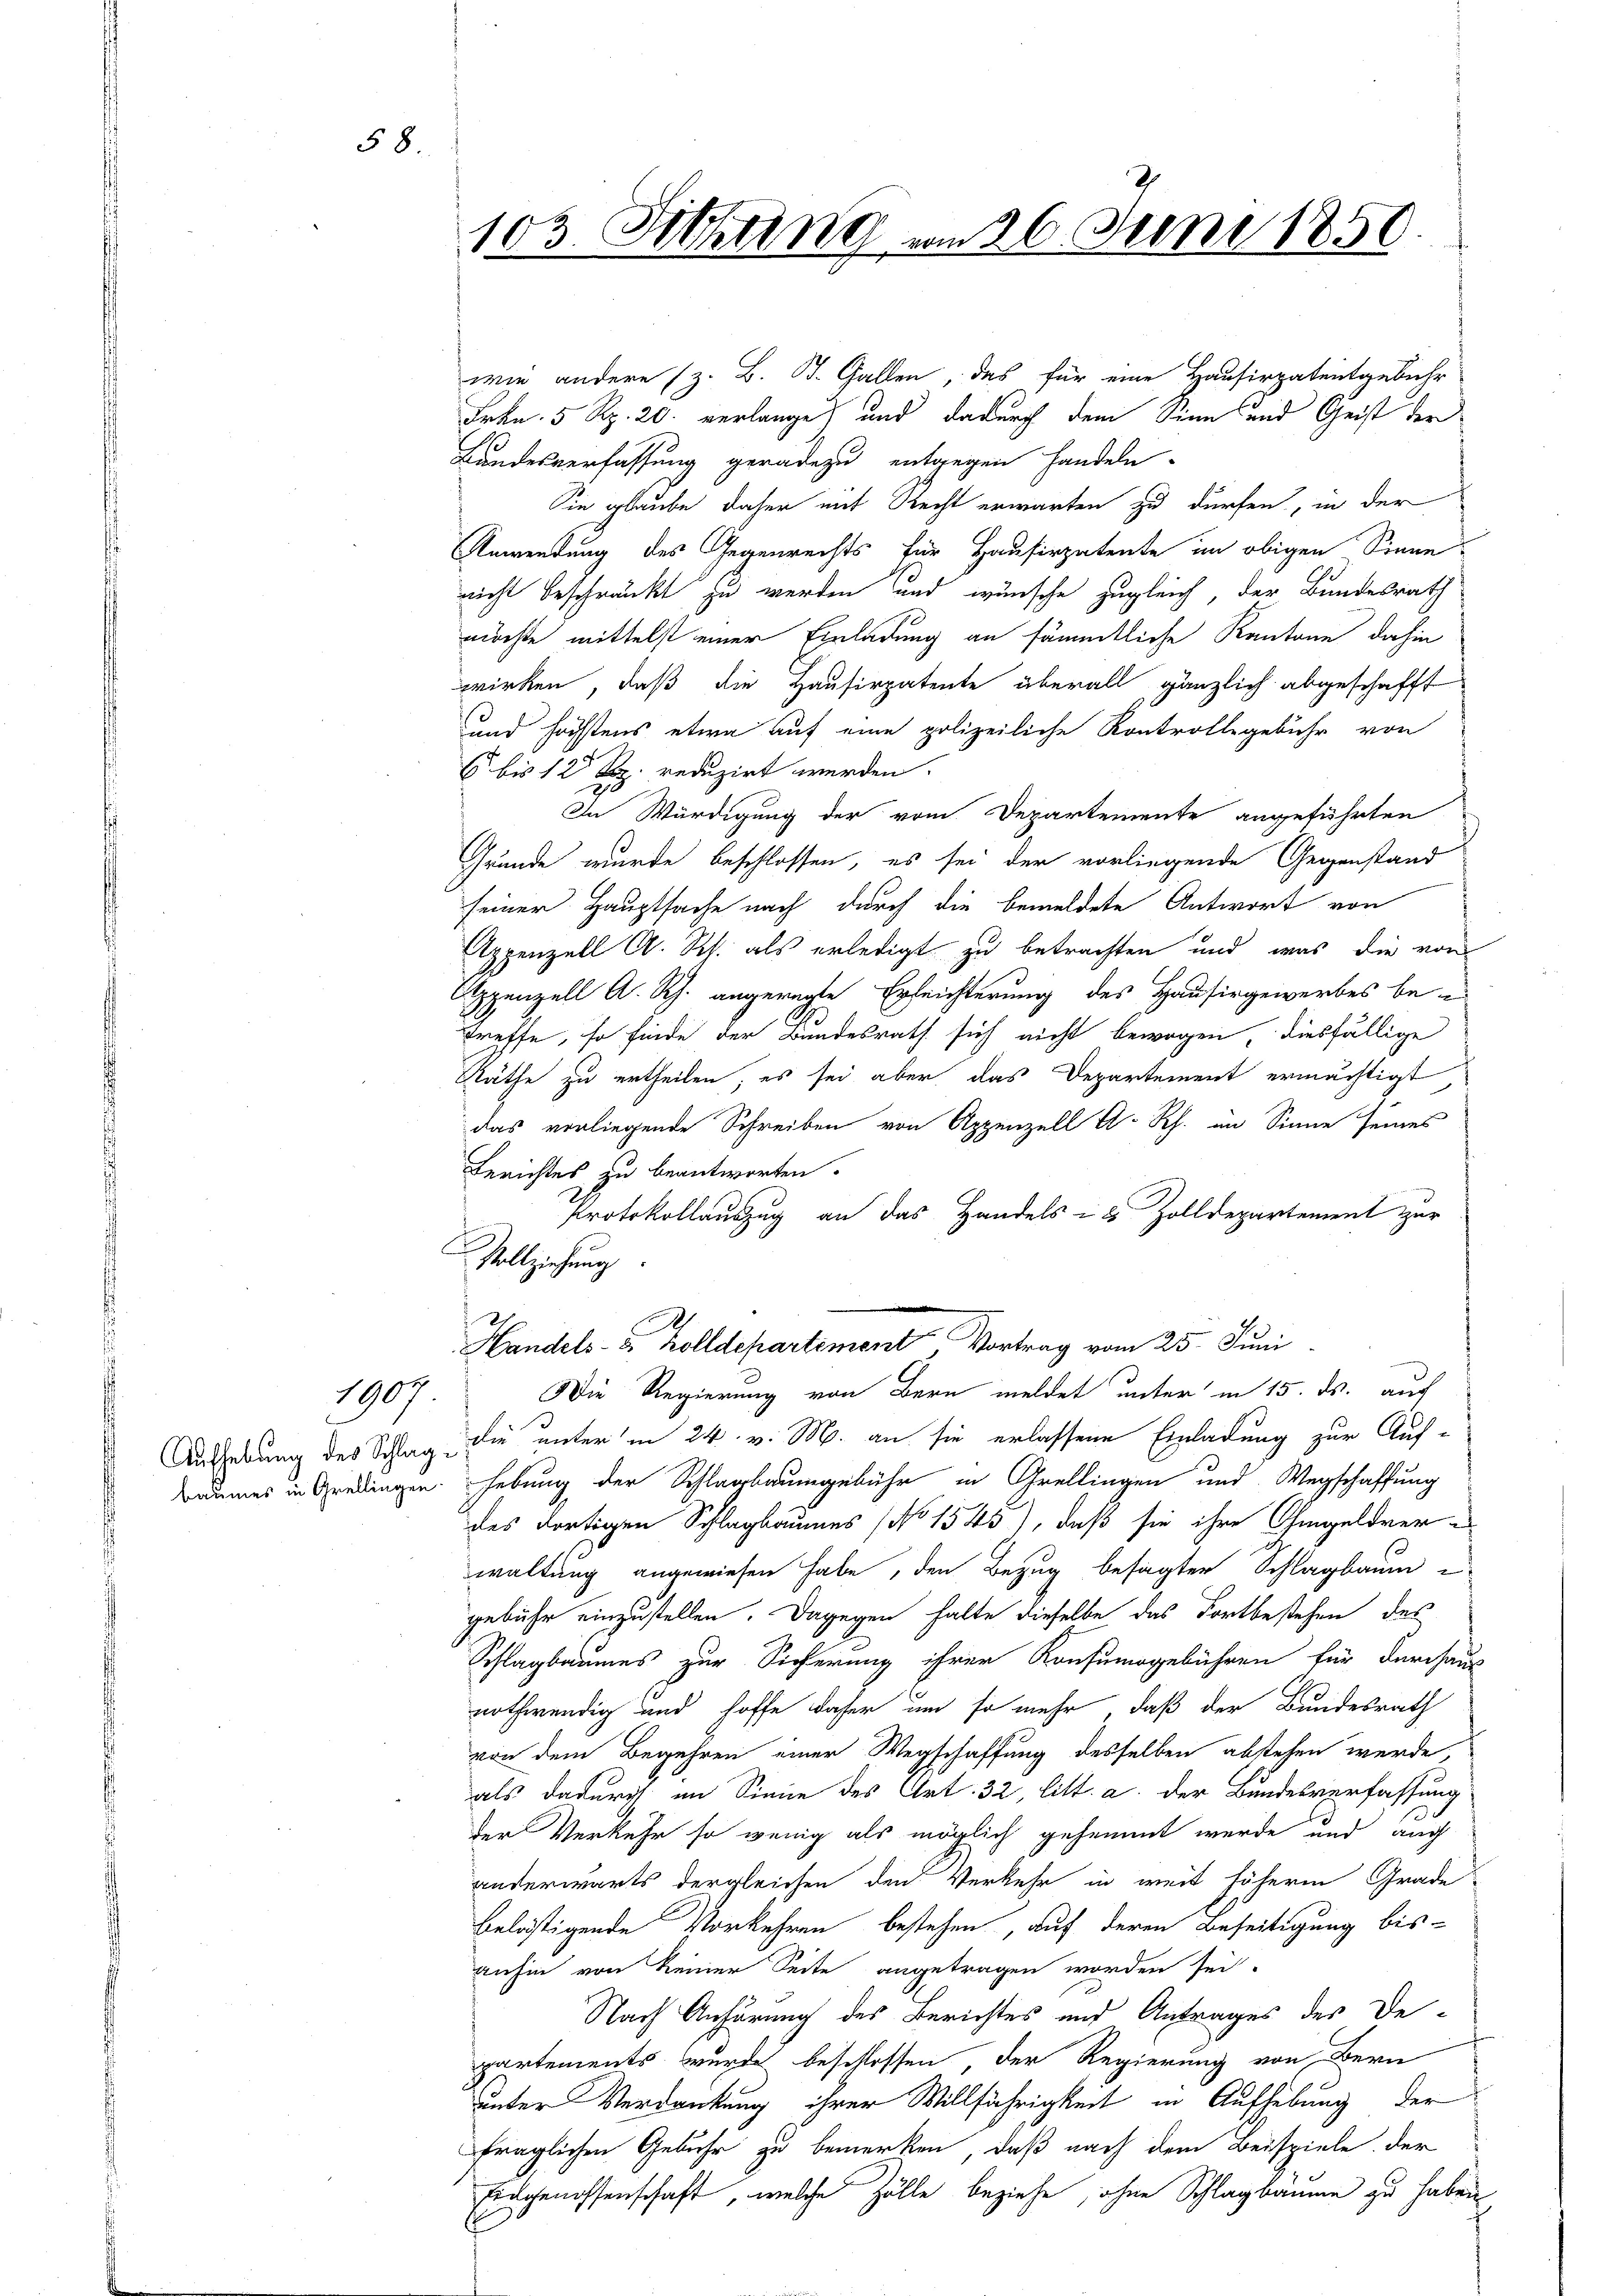
1907

58.

103. Sitzung am 26. Juni 1850.

wie andere (z. B. J. Gallen, das für eine Hausirpatentgebühr
Frkn. 5 Rp. 20. verlange) und dadurch dem Sinn und Geist der
Bandesverfassung geradezu entgegen handeln.
Sie glaube daher mit Recht erwarten zu dürfen, in der
Anwendung des Gegenrechts für Hausirpatente in obigen Sinne
nicht beschränkt zu werden und wünsche zugleich, der Bundesrath
möchte mittelst einer Einladung an sämmtliche Kantone dahin
wirken, daß die Hausirpatente überall gänzlich abgeschafft
und höchstens etwa auf eine polizeiliche Kontrollegebühr von
6 bis 12 Rp. reduzirt werden.
In Würdigung der vom Departemente angeführten
Gründe wurde beschlossen, es sei der vorliegende Gegenstand
seiner Hauptsache nach durch die bemeldete Antwort von
Appenzell A. Rh. als erledigt zu betrachten und was die von
Appenzell A. Rh. angeregte Erleichterung des Hausirgewerbes be
treffe, so finde der Bundesrath sich nicht bewogen, diesfällige
Räthe zu ertheilen, es sei aber das Departement ermächtigt,
das vorliegende Schreiben von Appenzell A-Rh. im Sinne seines
Berichtes zu beantworten.
Protokollauszug an das Handels & 5 Zolldepartement zur
Die Regierung von Bern meldet unter in 15. ds. auch
Aufhebung des Schlag die unter in 24. v. M. an sie erlassene Einladung zur Auf-
Baumes in Gradingen. Hebung der Schlagbaumgebühr in Grellingen und Wegschaffung
des dortigen Schlagbaumes (No 1543), daß sie ihre Ohmgeldver-
waltung angewiesen habe, den Bezug besagten Schlagbaum e
gebühr einzustellen. Dagegen halte dieselbe das Fortbestehen des
Schlagbaumes zur Sicherung ihrer Konsumogebühren für durchaus
nothwendig und hoffe daher um so mehr, daß der Bundesrath
von dem Begehren einer Wegschaffung desselben abstehen werde,
als dadurch im Sinne des Art. 32, litt. a. der Bundesverfassung
der Verkehr so wenig als möglich gehemmt werde und auch
anderwärts dergleichen den Verkehr in weit höherm Grade
belästigende Vorkehren bestehen, auf deren Beseitigung bisanhin von keiner Seite angetragen worden sei.
Nach Anhörung des Berichtes und Antrages des De-
partements wurde beschlossen, der Regierung von Bern
unter Verdankung ihrer Willfährigkeit in Aufhebung der
fraglichen Gebühr zu bemerken, daß nach dem Beispiele der
Eidgenossenschaft, welche Zölle beziehe, ohne Schlagbaume zu haben

Vollziehung.
Handels- u. Zolldepartement Vortrag vom 25. Juni